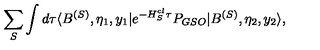
\sum _ { S } \int d \tau \langle B ^ { ( S ) } , \eta _ { 1 } , y _ { 1 } | e ^ { - H _ { S } ^ { c l } \tau } P _ { G S O } | B ^ { ( S ) } , \eta _ { 2 } , y _ { 2 } \rangle ,